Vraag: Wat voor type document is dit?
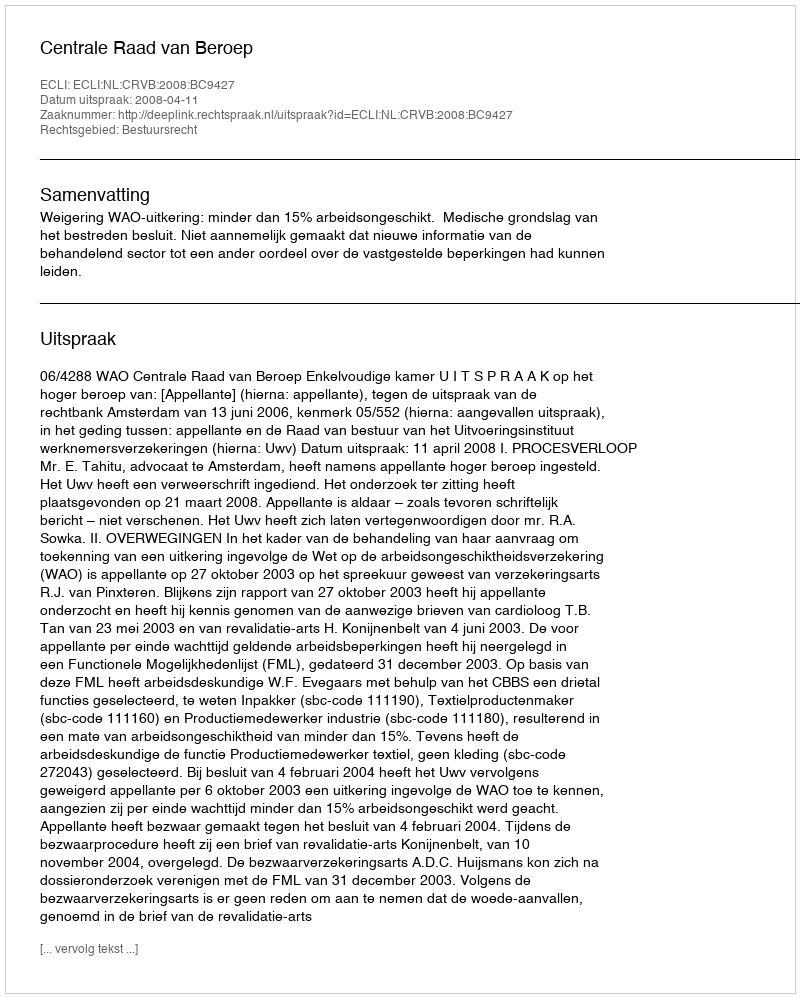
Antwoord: Uitspraak